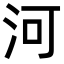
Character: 河